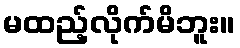
မထည့်လိုက်မိဘူး။